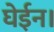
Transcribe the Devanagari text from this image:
घेईन।